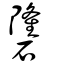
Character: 䃧